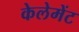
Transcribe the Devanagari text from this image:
केलेमेंट